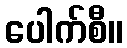
ပေါက်စီ။